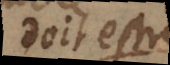
doit estre